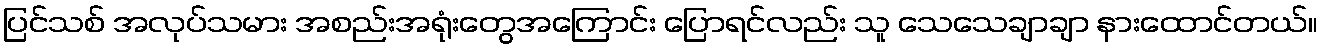
ပြင်သစ် အလုပ်သမား အစည်းအရုံးတွေအကြောင်း ပြောရင်လည်း သူ သေသေချာချာ နားထောင်တယ်။